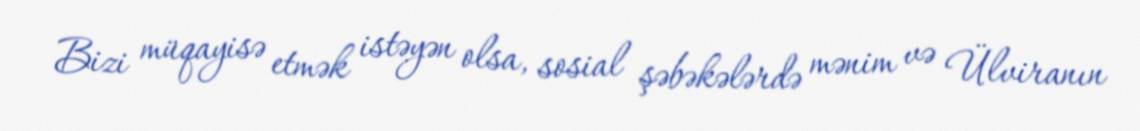
Bizi müqayisə etmək istəyən olsa, sosial şəbəkələrdə mənim və Ülviranın